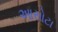
આસોટા